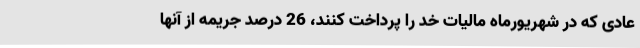
عادی که در شهریورماه مالیات خد را پرداخت کنند، 26 درصد جریمه از آنها